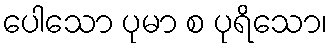
ပေါသော ပုမာ စ ပုရိသော၊